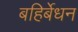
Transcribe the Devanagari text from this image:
बहिर्बेधन